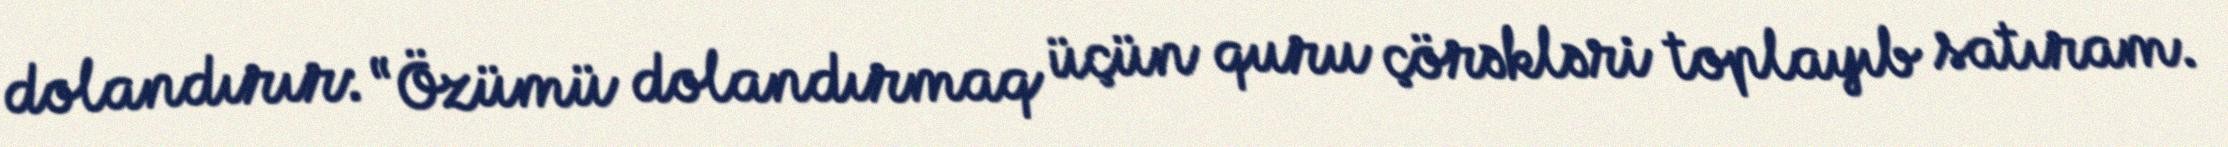
dolandırır: “Özümü dolandırmaq üçün quru çörəkləri toplayıb satıram.